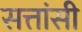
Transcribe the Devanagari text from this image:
सत्तांसी